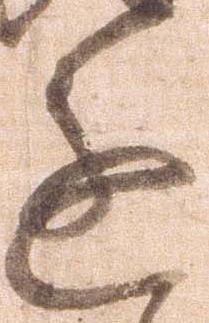
進